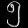
Digit: ၅